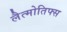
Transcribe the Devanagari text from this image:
लैत्मोतिफ्स